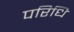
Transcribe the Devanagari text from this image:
परिधि